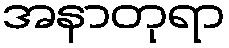
အနာတုရာ